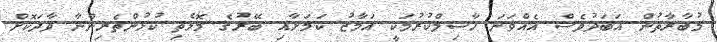
މުބާރާތުން އަބަދުވެސް އެއްވަނަ ހާސިލްކުރުމަކީ އަމާޒު ކަމަށާއި ބޭރުގެ މޮޅެތި ކުޅުންތެރިންނާ ވާދަކޮށް